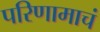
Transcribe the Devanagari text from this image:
परिणामाचं